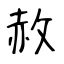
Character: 赦